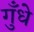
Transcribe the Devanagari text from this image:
गुँधे